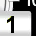
Digit: 1